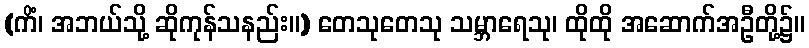
(ကိံ၊ အဘယ်သို့ ဆိုကုန်သနည်း။) တေသုတေသု သမ္ဘာရေသု၊ ထိုထို အဆောက်အဦတို့၌။